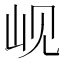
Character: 岘